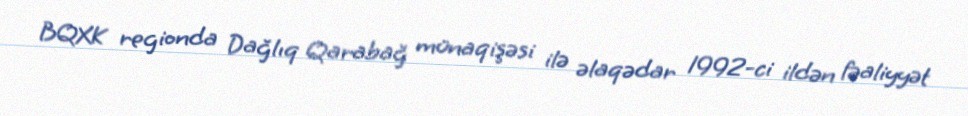
BQXK regionda Dağlıq Qarabağ münaqişəsi ilə əlaqədar 1992-ci ildən fəaliyyət